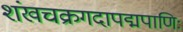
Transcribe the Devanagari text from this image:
शंखचक्रगदापद्मपाणिः